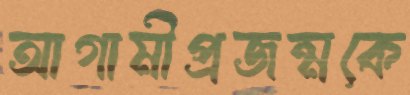
আগামীপ্রজন্মকে